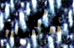
تكلمه